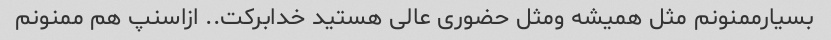
بسیارممنونم مثل همیشه ومثل حضوری عالی هستید خدابرکت.. ازاسنپ هم ممنونم